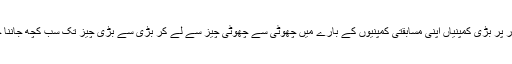
خاص طور پر بڑی کمپنیاں اپنی مسابقتی کمپنیوں کے بارے میں چھوٹی سے چھوٹی چیز سے لے کر بڑی سے بڑی چیز تک سب کچھ جاننا چاہتی ہیں۔